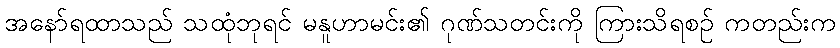
အနော်ရထာသည် သထုံဘုရင် မနူဟာမင်း၏ ဂုဏ်သတင်းကို ကြားသိရစဉ် ကတည်းက